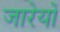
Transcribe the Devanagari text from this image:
जारेयों